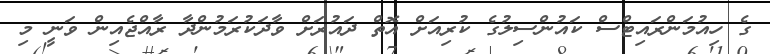
ގެ ހިއުމަންރައިޓްސް ކައުންސިލުގެ ކުރިއަށް އޮތް ދައުރަށް ވާދަކުރަމުންދާ ރާއްޖެއިން ވަނީ މި